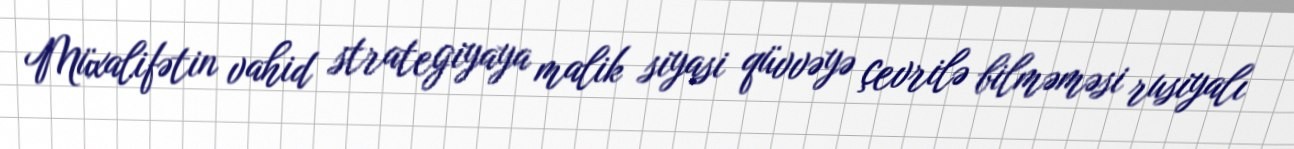
Müxalifətin vahid strategiyaya malik siyasi qüvvəyə çevrilə bilməməsi rusiyalı